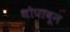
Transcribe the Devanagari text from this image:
थोपावून